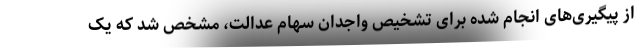
از پیگیری‌های انجام شده برای تشخیص واجدان سهام عدالت، مشخص شد که یک